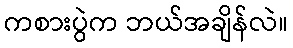
ကစားပွဲက ဘယ်အချိန်လဲ။